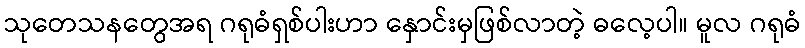
သုတေသနတွေအရ ဂရုဓံရှစ်ပါးဟာ နှောင်းမှဖြစ်လာတဲ့ ဓလေ့ပါ။ မူလ ဂရုဓံ